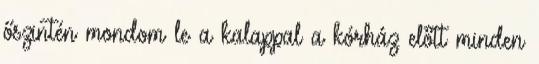
őszintén mondom le a kalappal a kórház előtt minden